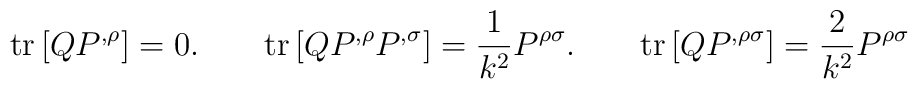
{\rm tr}\left[ QP^{,\rho }\right] =0.\qquad {\rm tr}\left[ QP^{,\rho}P^{,\sigma }\right] =\frac{1}{k^{2}}P^{\rho \sigma }.\qquad {\rm tr}\left[QP^{,\rho \sigma }\right] =\frac{2}{k^{2}}P^{\rho \sigma }